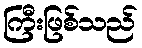
ကြီးဖြစ်သည်